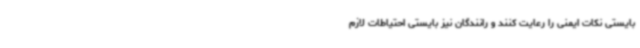
بایستی نکات ایمنی را رعایت کنند و رانندگان نیز بایستی احتیاطات لازم